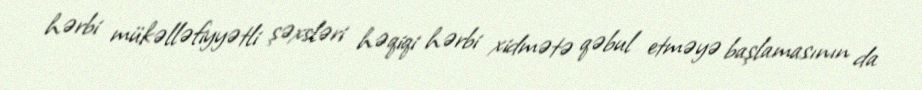
hərbi mükəlləfiyyətli şəxsləri həqiqi hərbi xidmətə qəbul etməyə başlamasının da